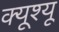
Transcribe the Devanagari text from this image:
क्यूश्यू